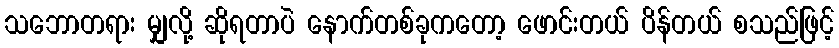
သဘောတရား မျှလို့ ဆိုရတာပဲ နောက်တစ်ခုကတော့ ဖောင်းတယ် ပိန်တယ် စသည်ဖြင့်